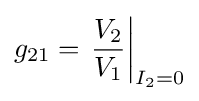
g_{21}=\left.{\frac {V_{2}}{V_{1}}}\right|_{I_{2}=0}